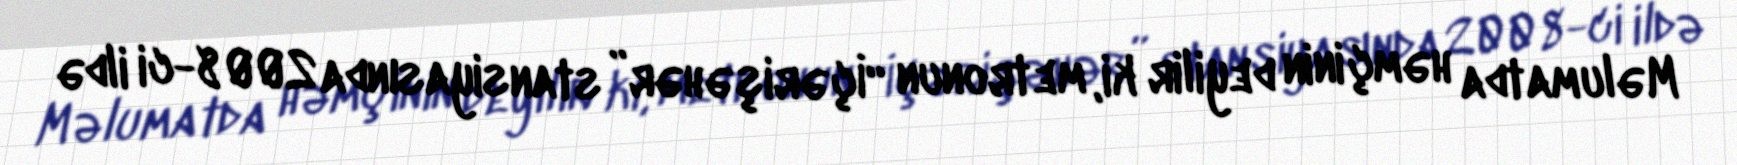
Məlumatda həmçinin deyilir ki, metronun “İçərişəhər” stansiyasında 2008-ci ildə